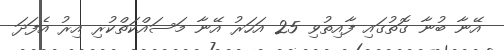
އޭނާ ބުނާ ގޮތުގައި ފާއިތުވި 25 އަހަރު އޭނާ މަސައްކަތްކުރި އިރު އެފަދަ